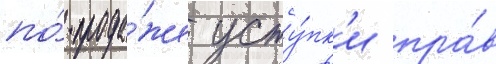
по́ прода́же усту́пк'и пра́в